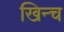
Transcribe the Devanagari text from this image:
खिन्च